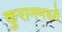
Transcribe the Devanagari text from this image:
कुरानमध्ये